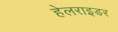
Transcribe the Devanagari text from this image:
हेलराइडर